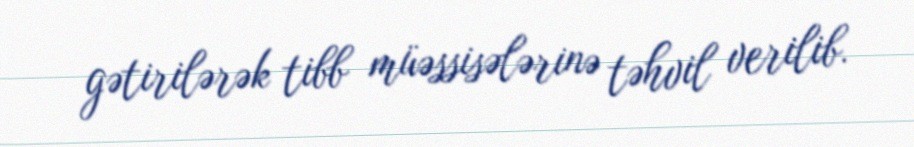
gətirilərək tibb müəssisələrinə təhvil verilib.